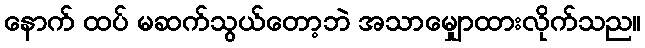
နောက် ထပ် မဆက်သွယ်တော့ဘဲ အသာမျှောထားလိုက်သည။